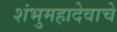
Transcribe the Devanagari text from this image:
शंभुमहादेवाचे